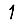
Digit: 1